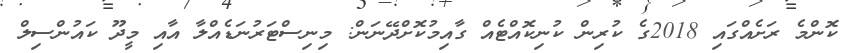
ކޮންމެ ރަށެއްގައި 2018ގެ ކުރިން ކުނިކޮއްޓެއް ގާއިމުކޮށްދޭނަން: މިނިސްޓަރުނަޑެއްލާ އާއި މީދޫ ކައުންސިލް